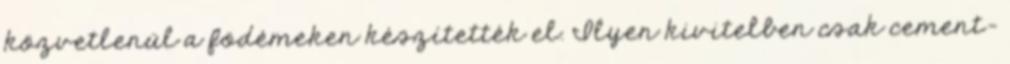
közvetlenül a födémeken készítették el. Ilyen kivitelben csak cement-